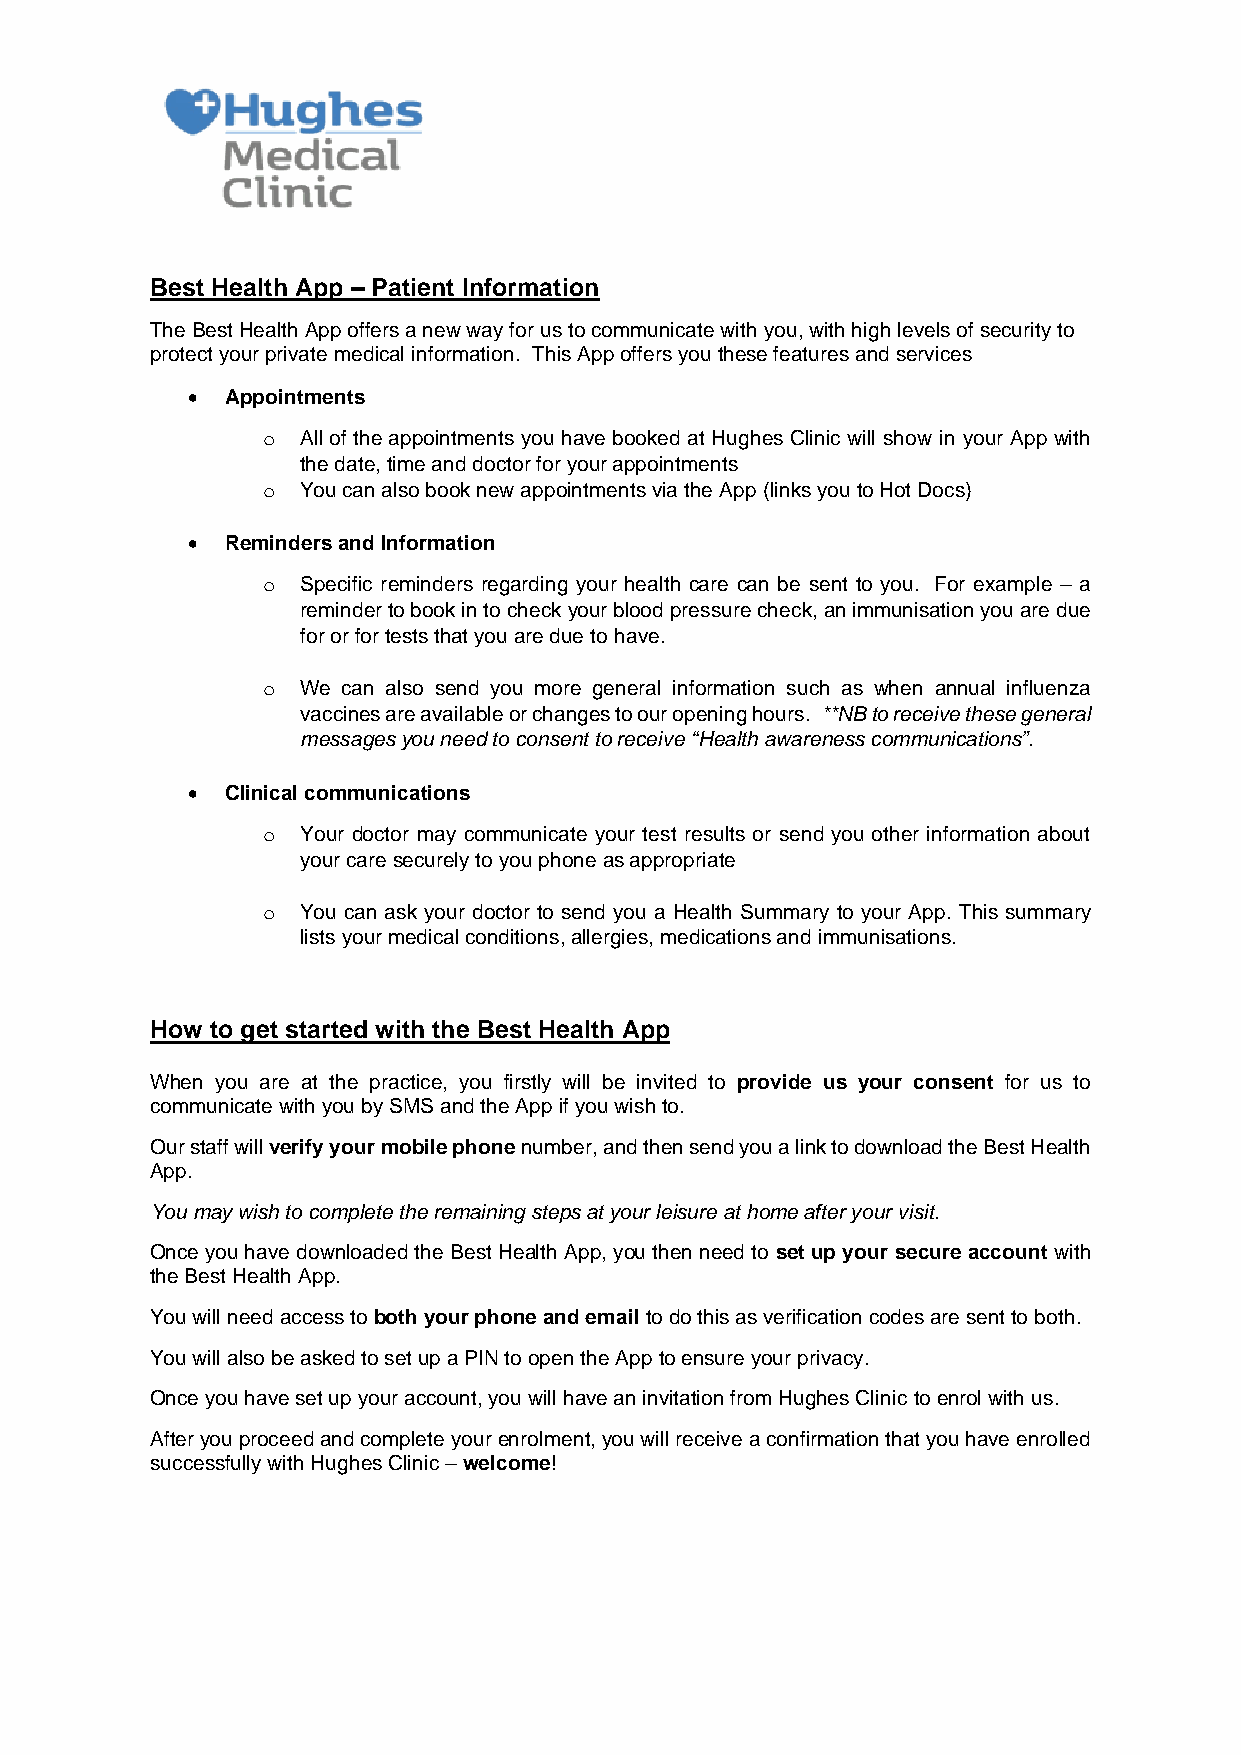
Best Health App – Patient Information
 The Best Health App offers a new way for us to communicate with you, with high levels of security to
 protect your private medical information. This App offers you these features and services
 •  Appointments
 o  All of the appointments you have booked at Hughes Clinic will show in your App with
 the date, time and doctor for your appointments
 o  You can also book new appointments via the App (links you to Hot Docs)
 •  Reminders and Information
 o  Specific reminders regarding your health care can be sent to you. For example – a
 reminder to book in to check your blood pressure check, an immunisation you are due
 for or for tests that you are due to have.
 o  We can also send you more general information such as when annual influenza
 vaccines are available or changes to our opening hours. **NB to receive these general
 messages you need to consent to receive “Health awareness communications”.
 •  Clinical communications
 o  Your doctor may communicate your test results or send you other information about
 your care securely to you phone as appropriate
 o  You can ask your doctor to send you a Health Summary to your App. This summary
 lists your medical conditions, allergies, medications and immunisations.
 How to get started with the Best Health App
 When you are at the practice, you firstly will be invited to provide us your consent for us to
 communicate with you by SMS and the App if you wish to.
 Our staff will verify your mobile phone number, and then send you a link to download the Best Health
 App.
 You may wish to complete the remaining steps at your leisure at home after your visit.
 Once you have downloaded the Best Health App, you then need to set up your secure account with
 the Best Health App.
 You will need access to both your phone and email to do this as verification codes are sent to both.
 You will also be asked to set up a PIN to open the App to ensure your privacy.
 Once you have set up your account, you will have an invitation from Hughes Clinic to enrol with us.
 After you proceed and complete your enrolment, you will receive a confirmation that you have enrolled
 successfully with Hughes Clinic – welcome!